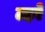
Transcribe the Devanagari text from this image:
ल्हरे